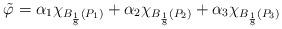
LaTeX: \begin{align*}\tilde{\varphi} = \alpha_1\chi_{B_{\frac{1}{8}}(P_1)}+\alpha_2\chi_{B_{\frac{1}{8}}(P_2)} + \alpha_3 \chi_{B_{\frac{1}{8}}(P_3)}\end{align*}